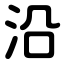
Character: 沿